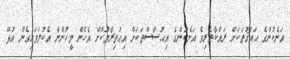
އަނެކުންގެ ޙައްޤުތަކަށް ރައްކާތެރިވެ އަނެކުންގެ އިޙުސާސްތަކަށް އިޙުތިރާމުކޮށް އެހެން މީހުންނާ އެކުލަވައިގެން އުޅޭ